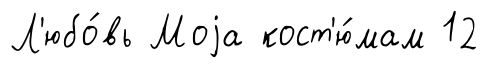
Л'юбо́вь Моjа кост'ю́мам 12